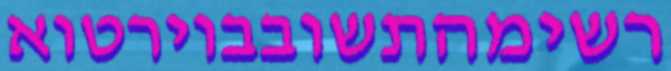
רשימהתשובבוירטוא